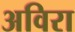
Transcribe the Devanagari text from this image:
अविरा